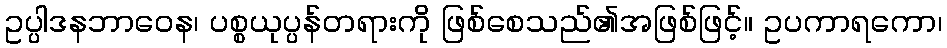
ဥပ္ပါဒနဘာဝေန၊ ပစ္စယုပ္ပန်တရားကို ဖြစ်စေသည်၏အဖြစ်ဖြင့်။ ဥပကာရကော၊